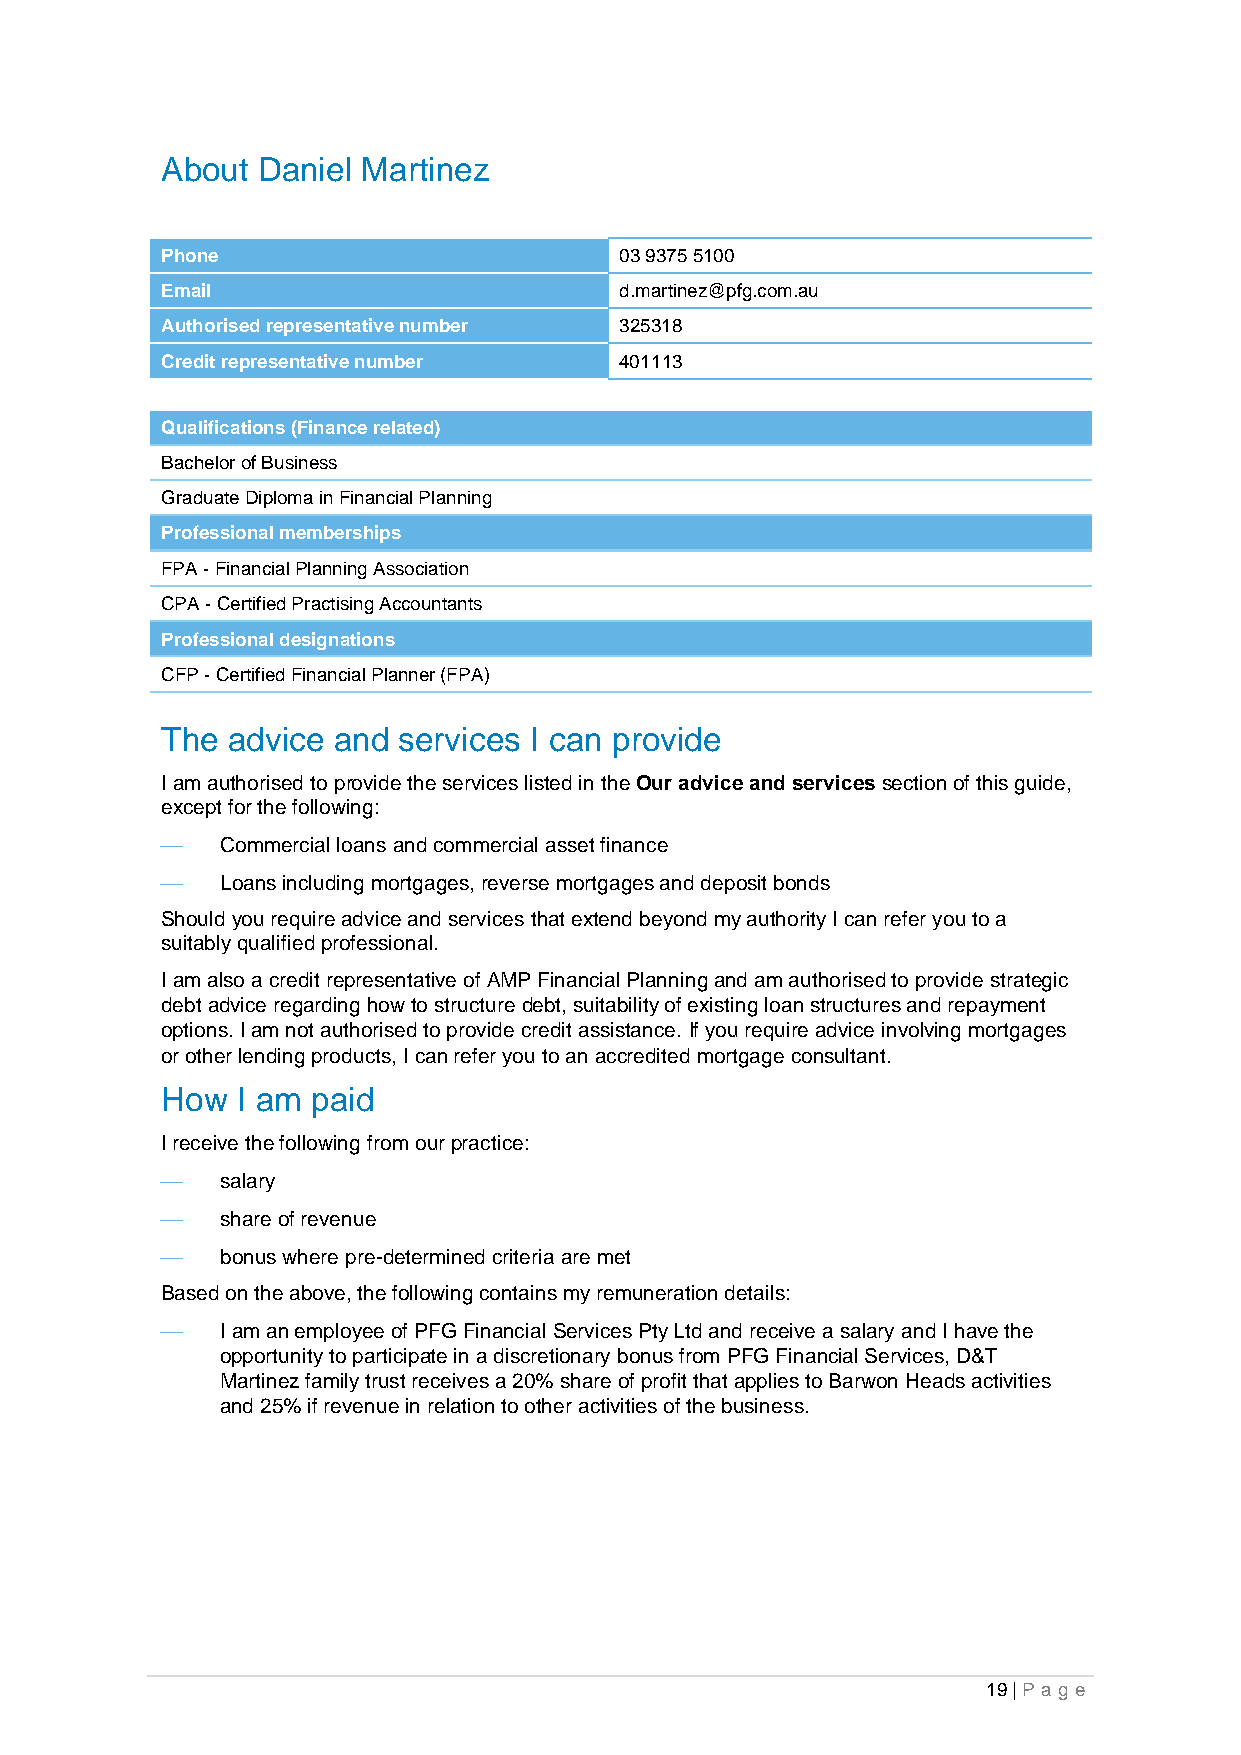
About Daniel Martinez
 Phone                         03 9375 5100
 Email                         d.martinez@pfg.com.au
 Authorised representative number 325318
 Credit representative number  401113
 Qualifications (Finance related)
 Bachelor of Business
 Graduate Diploma in Financial Planning
 Professional memberships
 FPA - Financial Planning Association
 CPA - Certified Practising Accountants
 Professional designations
 CFP - Certified Financial Planner (FPA)
 The advice and services I can provide
 I am authorised to provide the services listed in the Our advice and services section of this guide,
 except for the following:
 ⎯   Commercial loans and commercial asset finance
 ⎯   Loans including mortgages, reverse mortgages and deposit bonds
 Should you require advice and services that extend beyond my authority I can refer you to a
 suitably qualified professional.
 I am also a credit representative of AMP Financial Planning and am authorised to provide strategic
 debt advice regarding how to structure debt, suitability of existing loan structures and repayment
 options. I am not authorised to provide credit assistance. If you require advice involving mortgages
 or other lending products, I can refer you to an accredited mortgage consultant.
 How  I am paid
 I receive the following from our practice:
 ⎯   salary
 ⎯   share of revenue
 ⎯   bonus where pre-determined criteria are met
 Based on the above, the following contains my remuneration details:
 ⎯   I am an employee of PFG Financial Services Pty Ltd and receive a salary and I have the
 opportunity to participate in a discretionary bonus from PFG Financial Services, D&T
 Martinez family trust receives a 20% share of profit that applies to Barwon Heads activities
 and 25% if revenue in relation to other activities of the business.
 19 | Pa g e